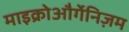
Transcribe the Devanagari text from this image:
माइक्रोऔर्गेनिज़म